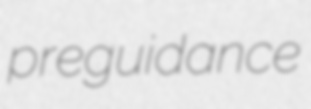
preguidance